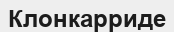
Клонкарриде